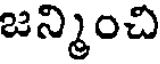
జన్మించి